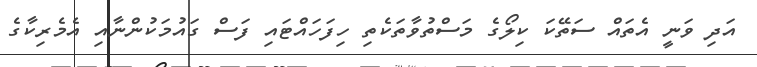
އަދި ވަނީ އެތައް ސަތޭކަ ކިލޯގެ މަސްތުވާތަކެތި ހިފަހައްޓައި ފަސް ގައުމަކުންނާއި އެމެރިކާގެ